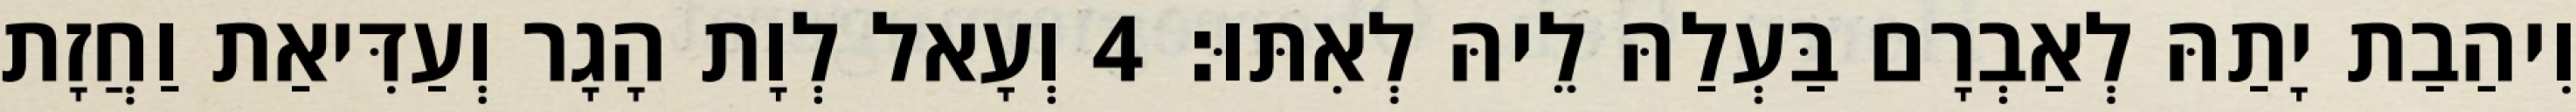
וִיהַבַת יָתַהּ לְאַבְרָם בַּעְלַהּ לֵיהּ לְאִתּוּ׃ 4 וְעָאל לְוָת הָגָר וְעַדִּיאַת וַחֲזָת